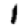
Digit: 1